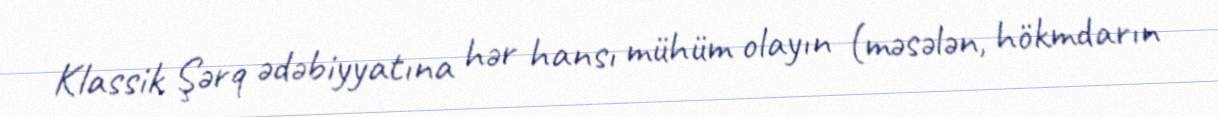
Klassik Şərq ədəbiyyatına hər hansı mühüm olayın (məsələn, hökmdarın